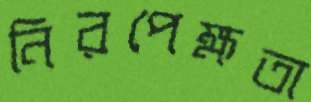
নিরপেক্ষতা